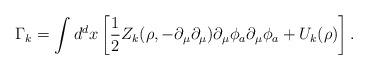
LaTeX: \begin{align*}\Gamma_{k}=\int d^{d}x\left[\frac{1}{2}Z_{k}(\rho,-\partial_{\mu}\partial_{\mu})\partial_{\mu}\phi_{a}\partial_{\mu}\phi_{a}+U_{k}(\rho)\right].\end{align*}